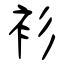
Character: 衫